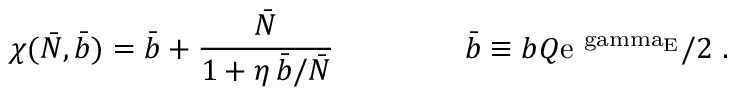
\chi ( \bar { N } , \bar { b } ) = \bar { b } + \frac { \bar { N } } { 1 + \eta \, \bar { b } / \bar { N } } \; \qquad \qquad \bar { b } \equiv b Q \mathrm { e ^ { \ g a m m a _ { E } } } / 2 \; .